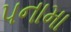
પનામા